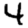
Digit: 4